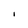
Character: I